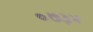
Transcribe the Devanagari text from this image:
०७३४